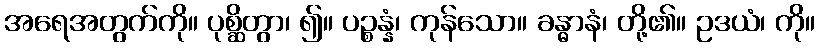
အရေအတွက်ကို။ ပုစ္ဆိတွာ၊ ၍။ ပဉ္စန္နံ၊ ကုန်သော။ ခန္ဓာနံ၊ တို့၏။ ဥဒယံ၊ ကို။